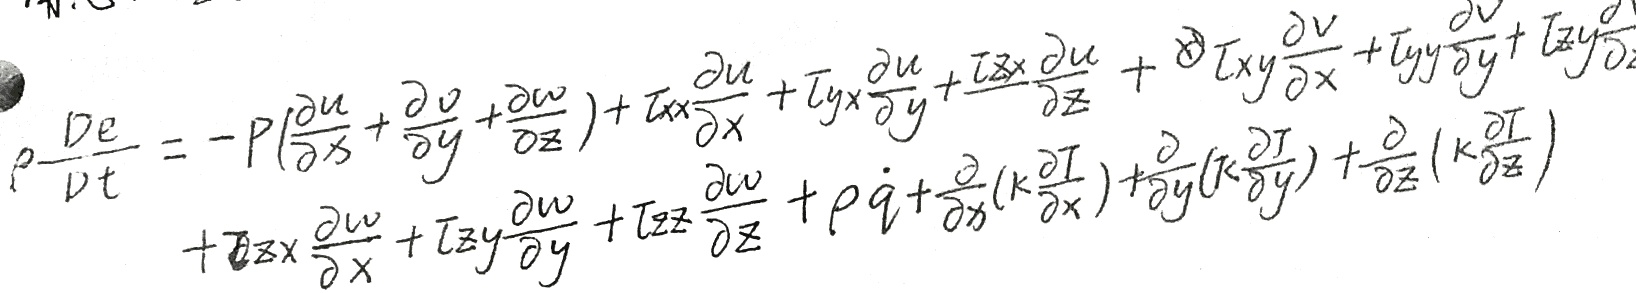
\[\begin{align*}
\rho\frac{De}{Dt}&=-p\left(\frac{\partial u}{\partial x}+\frac{\partial v}{\partial y}+\frac{\partial w}{\partial z}\right)+\tau_{xx}\frac{\partial u}{\partial x}+\tau_{yx}\frac{\partial u}{\partial y}+\tau_{zx}\frac{\partial u}{\partial z}+\tau_{xy}\frac{\partial v}{\partial x}+\tau_{yy}\frac{\partial v}{\partial y}+\tau_{zy}\frac{\partial v}{\partial z}\\
&+\tau_{zx}\frac{\partial w}{\partial x}+\tau_{zy}\frac{\partial w}{\partial y}+\tau_{zz}\frac{\partial w}{\partial z}+\rho\dot{q}+\frac{\partial}{\partial x}\left(k\frac{\partial T}{\partial x}\right)+\frac{\partial}{\partial y}\left(k\frac{\partial T}{\partial y}\right)+\frac{\partial}{\partial z}\left(k\frac{\partial T}{\partial z}\right)
\end{align*}\]